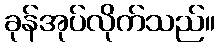
ခုန်အုပ်လိုက်သည်။